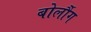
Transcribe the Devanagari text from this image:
बोर्लौग